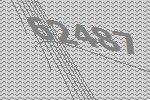
62487